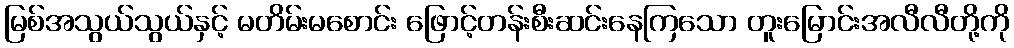
မြစ်အသွယ်သွယ်နှင့် မတိမ်းမစောင်း ဖြောင့်တန်းစီးဆင်းနေကြသော တူးမြောင်းအလီလီတို့ကို